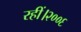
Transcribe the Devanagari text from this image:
रहीं।२००६